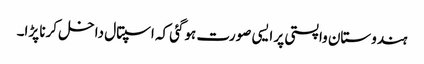
ہندوستان واپستی پر ایسی صورت ہوگئی کہ اسپتال داخل کرنا پڑا۔